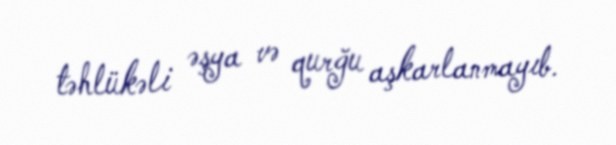
təhlükəli əşya və qurğu aşkarlanmayıb.